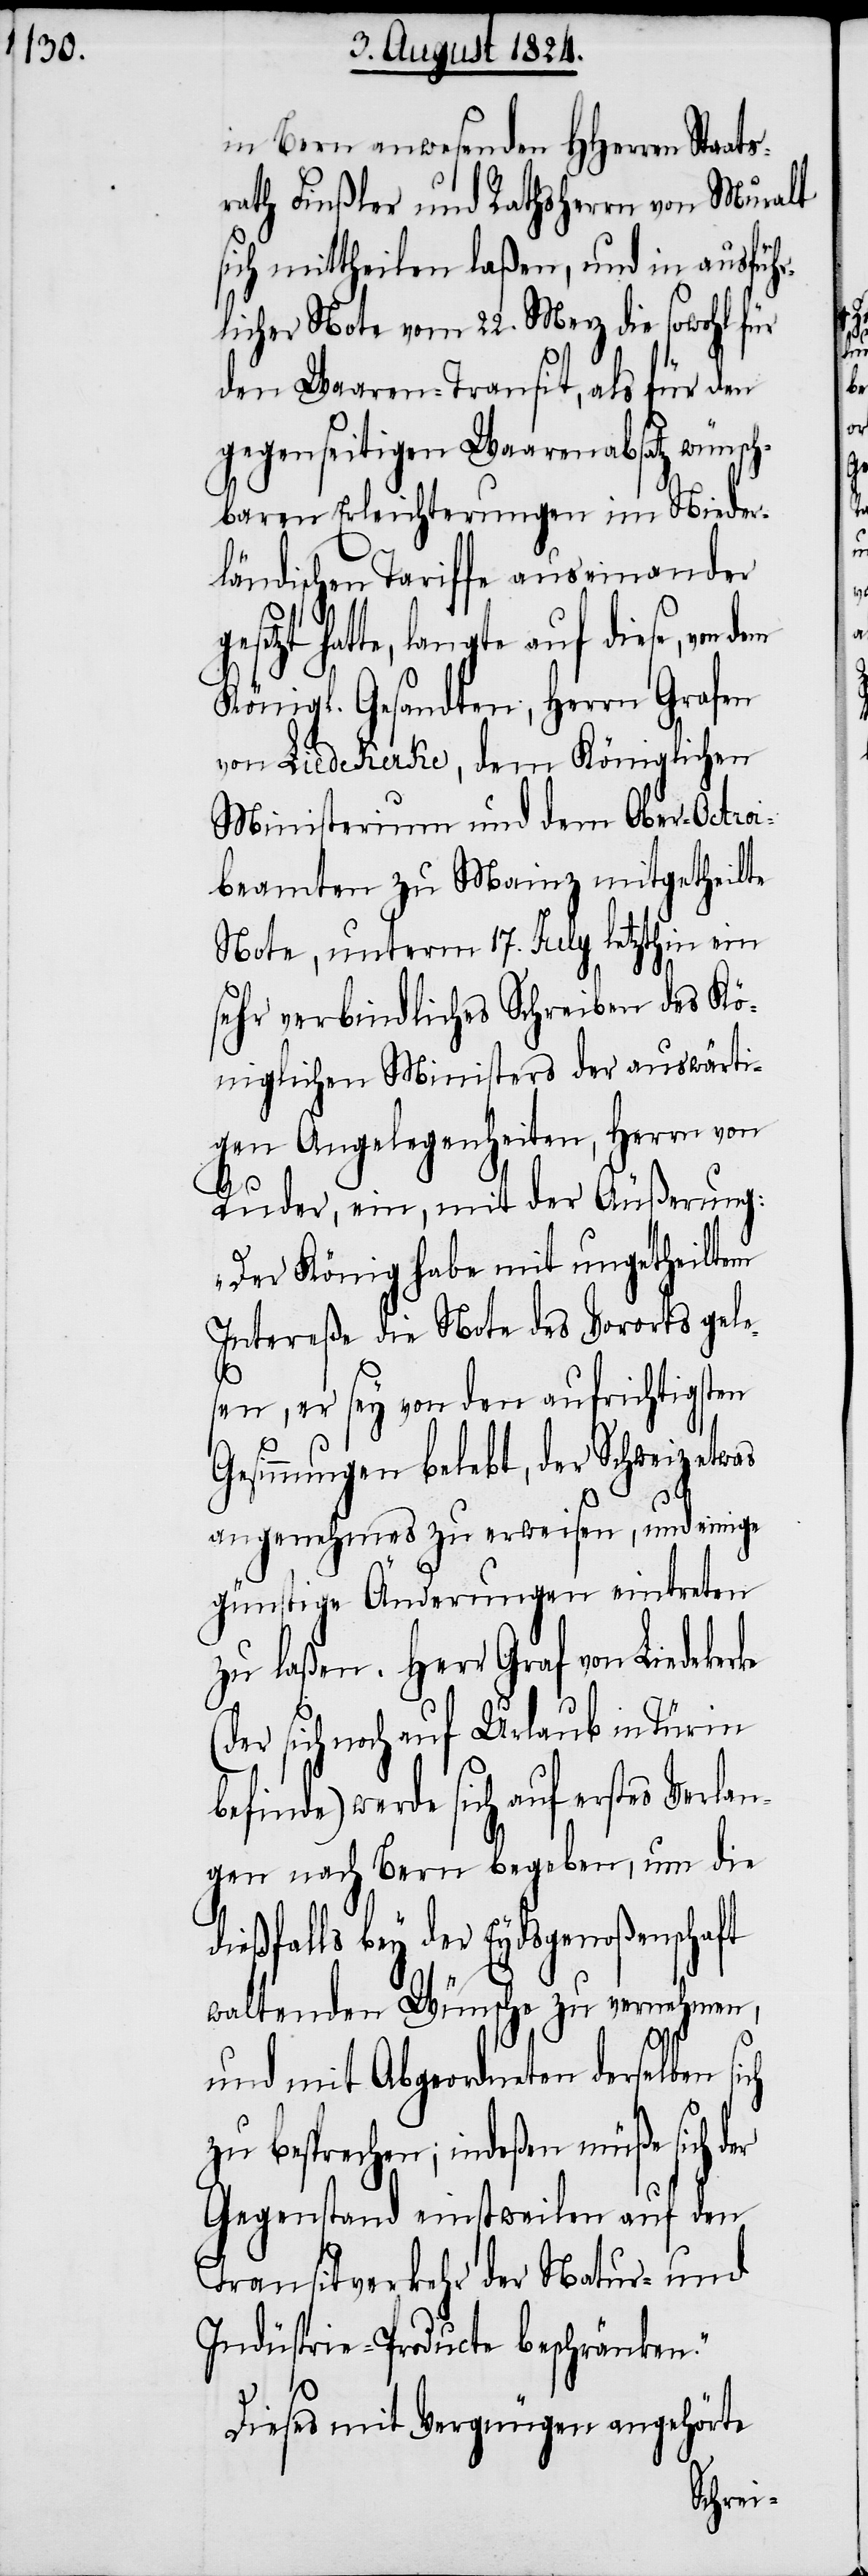
ke (d¬

in Bern anwesenden HHerren Sta¬
rath Finßler und Rathsherrn von Muralt
sich mittheilen laßen, und in ausführ¬
licher Note vom 22. Merz die sowohl für
den Waaren-Transit, als für den
gegenseitigen Waarenabsatz wünsch¬
baren Erleichterungen im Nieder¬
ländischen Tariffe auseinander
hatte, langte auf diese, von
Königl. Gesandten, Herrn Grafen
von Liedekerke, dem Königlichen
Ministerium und dem Ober-Octroi¬
beamten zu Mainz mitgetheilte
Note, unterm 17. July letzthin ein
sehr verbindliches Schreiben des Kö¬
niglichen Ministers der auswärti¬
gen Angelegenheiten, Herrn von
Ruder, ein, mit der Äußerung:
„Der König habe mit ungetheiltem
Intereße die Note des Vororts gele¬
sen, er sey von den aufrichtigsten
Gesinnungen belebt, der Schweiz
angenehmes zu erweisen, und einige
günstige Änderungen eintreten
zu laßen. Herr Graf von Liedeker¬
er sich noch auf Urlaub in Türin
befinde) werde sich auf erstes Verla¬
gnen nach Bern begeben, um die
dießfalls bey der Eydsgenoßenschaft
waltenden Wünsche zu vernehmen,
und mit Abgeordneten derselben
zu besprechen, indeßen müße sich der
Gegenstand einstweilen auf den
Transitverkehr der Natur- und
Indüstrie-Producte beschränken.“
Dieses mit Vergnügen angehörte